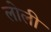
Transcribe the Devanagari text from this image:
लोली